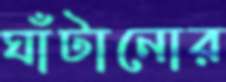
ঘাঁটানোর